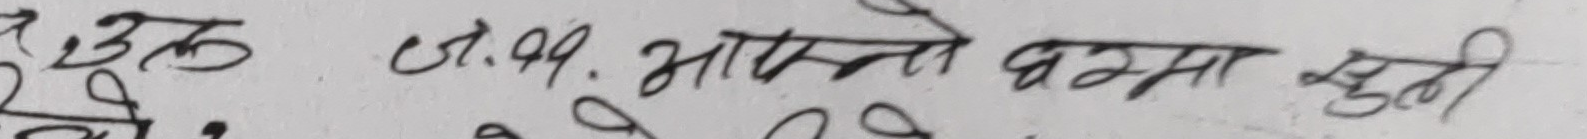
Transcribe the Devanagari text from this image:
३. उनक   ०१. आफ्नो घरमा खुसी